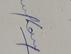
Signature authenticity: genuine